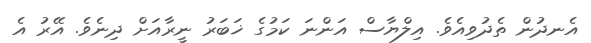
އެނދުން ތެދުވިއެވެ. އިލްޔާސް އަންނަ ކަމުގެ ޚަބަރު ނީރާއަށް ދިނެވެ. އޭރު އެ